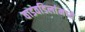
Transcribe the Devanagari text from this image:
वाडवडिलांमध्ये